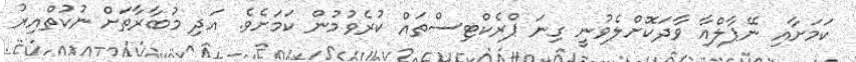
ކަމަށާއި ނޭޕާލްއާ ވާދަކޮށްލެވުނީ ގިނަ ޕްރެކްޓިސްތައް ކުރެވުމުން ކަމަށެވެ. އަދި މުބާރާތަށް ނުކުތްއިރު